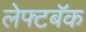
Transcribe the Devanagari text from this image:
लेफ्टबॅक